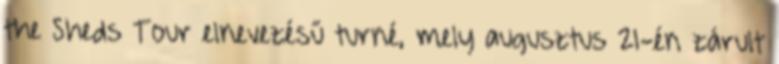
the Sheds Tour elnevezésű turné, mely augusztus 21-én zárult